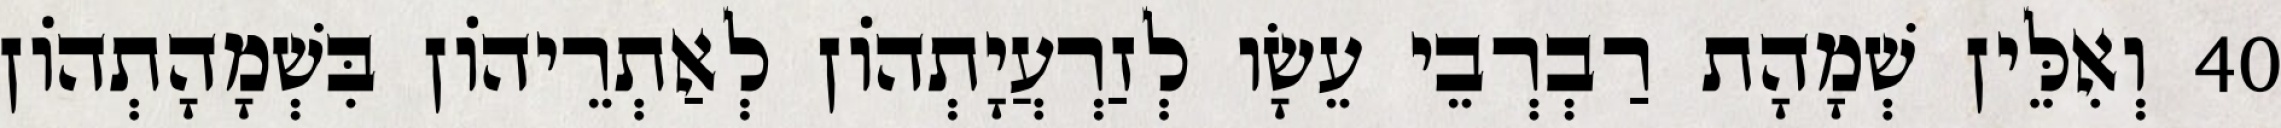
40 וְאִלֵּין שְׁמָהָת רַבְרְבֵי עֵשָׂו לְזַרְעֲיָתְהוֹן לְאַתְרֵיהוֹן בִּשְׁמָהָתְהוֹן